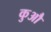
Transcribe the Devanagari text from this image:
कुऔ